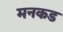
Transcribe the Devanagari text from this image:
मनकड